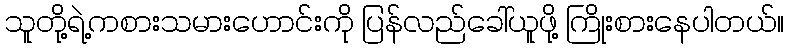
သူတို့ရဲ့ကစားသမားဟောင်းကို ပြန်လည်ခေါ်ယူဖို့ ကြိုးစားနေပါတယ်။